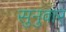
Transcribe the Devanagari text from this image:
सुनुवार